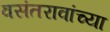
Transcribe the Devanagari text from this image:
वसंतरावांच्‍या